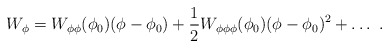
\begin{align*}W_\phi=W_{\phi\phi}(\phi_0)(\phi-\phi_0)+{1\over 2}W_{\phi\phi\phi}(\phi_0) (\phi-\phi_0)^2+\dots~.\end{align*}